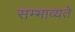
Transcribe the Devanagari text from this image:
सम्भाव्यते